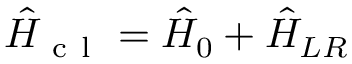
\hat { H } _ { \mathrm { ~ c ~ l ~ } } = \hat { H } _ { 0 } + \hat { H } _ { L R }